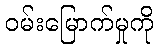
ဝမ်းမြောက်မှုကို